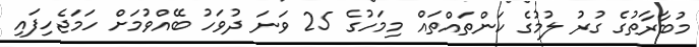
މުބާރާތުގެ ގުރު ލުމުގެ ކަންތައްތައް މިމަހުގެ 25 ވަނަ ދުވަހު ބޭއްވުމަށް ހަމަޖެހިފައި